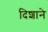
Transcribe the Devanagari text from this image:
दिशाने